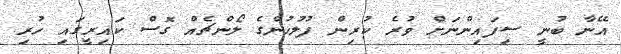
އޭނާ ބުނީ ސިފައިންނަށް ވުރެ ކުރިން ފުުލުހުންގެ ލޯންޗެއް ގޮސް ކައިރީގައި ހުރި